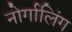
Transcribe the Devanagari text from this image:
नोर्गालिंग